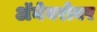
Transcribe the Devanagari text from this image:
अॅनेबरोबर